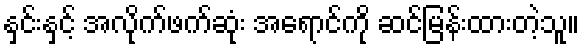
နှင်းနှင့် အလိုက်ဖက်ဆုံး အရောင်ကို ဆင်မြန်းထားတဲ့သူ။